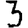
Digit: 3